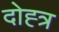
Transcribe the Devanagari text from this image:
दोह्त्र